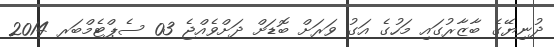
ދުނިޔޭގެ ބާޒާރުގައި މަހުގެ އަގު ވަރަށް ބޮޑަށް ދަށްވެއްޖެ 03 ސެޕްޓެމްބަރ 2014